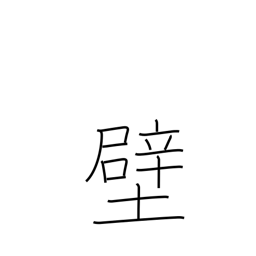
Meaning: lining (stomach)